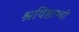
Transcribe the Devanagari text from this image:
श्रविष्ठाभ्यो